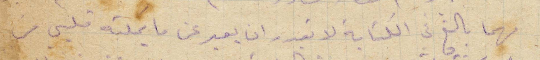
مهما بالغ في الكتابة لا يقدر ان يعبر عن ما يملكه قلبي من